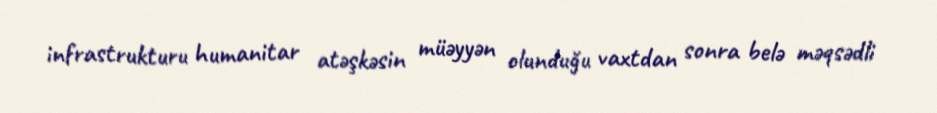
infrastrukturu humanitar atəşkəsin müəyyən olunduğu vaxtdan sonra belə məqsədli